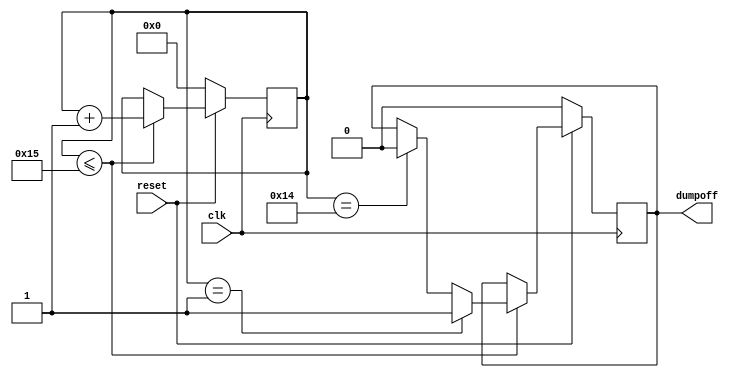
// dumpoff.v

module dumpoff(
                 reset,
                 clk,
                 dumpoff
                 );
input clk;
input reset;

output dumpoff;

reg dumpoff;
reg [4:0] count;  

always @ (posedge clk)
    begin
         if(!reset)
            begin
                 count <= 0;
                 dumpoff <=0;
            end

         else 
            begin
                if(count<=21)
                   begin
                        if(count==1)
                            begin
                                 dumpoff <= 1;
                                 count<= count+1;
                            end

                        else if(count==20)
                            begin
                                 dumpoff <= 0;
                                 count<= count+1;
                            end
                        else
                            begin
                                 count<= count+1;
                            end
                   end
                else
                  begin
                        count <= count;
                  end
                   
            end
    end

endmodule